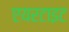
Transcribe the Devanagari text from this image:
एयरटाइट